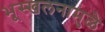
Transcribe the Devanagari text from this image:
भूस्खलनामुळे